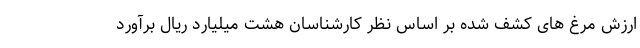
ارزش مرغ های کشف شده بر اساس نظر کارشناسان هشت میلیارد ریال برآورد